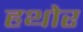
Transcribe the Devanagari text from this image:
हथोर